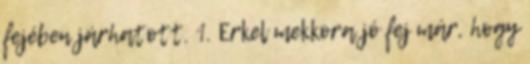
fejében járhatott. 1. Erkel mekkora jó fej már, hogy